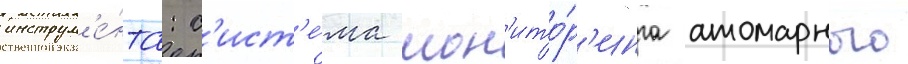
инструм'е́нта: с'ист'е́ма мон'ито́р'инга атомарного